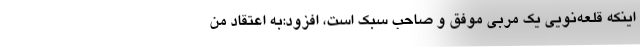
اینکه قلعه‌نویی یک مربی موفق و صاحب سبک است، ‌افزود:به اعتقاد من